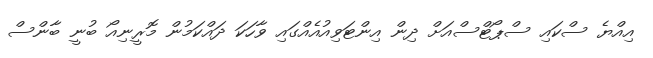
އިއްޔެ ސްކައި ސްޕޯޓްސްއަށް ދިން އިންޓަވިއުއެއްގައި ވާހަކަ ދައްކަމުން މޮރީނިއޯ ބުނީ ބާންސް